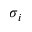
\sigma _ { i }